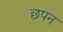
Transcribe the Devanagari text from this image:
छपन